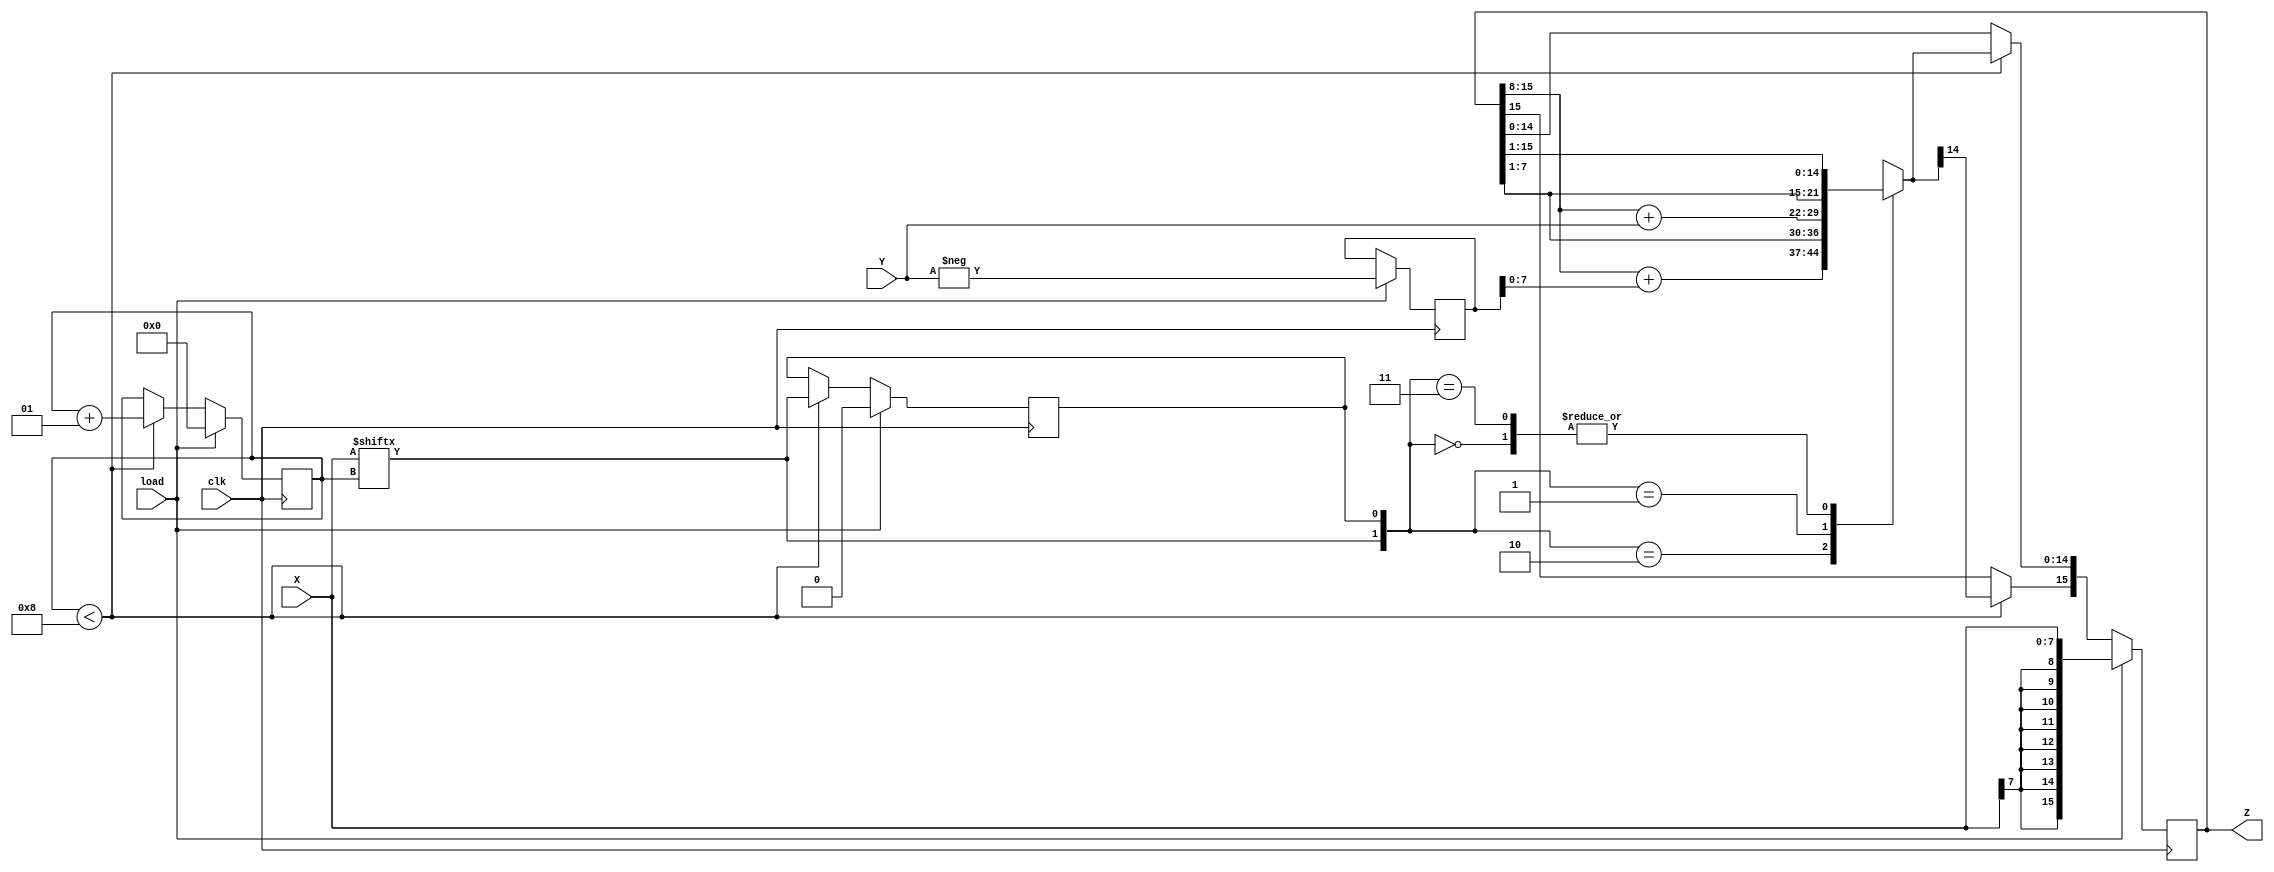
`timescale 1ns / 1ps
//////////////////////////////////////////////////////////////////////////////////
// Company: 
// Engineer: 
// 
// Design Name: 
// Module Name:    Booth 
// Project Name: 
// Target Devices: 
// Tool versions: 
// Description: 
//
// Dependencies: 
//
// Revision: 
// Revision 0.01 - File Created
// Additional Comments: 
//
// assignment no.: 6
// problem no.: 3
// semester : 5th semester
// group no.: 64
// names of group members: 1. Jatoth Charan Sai, 2. Tirupathi Suguna Bhaskar.
//
//////////////////////////////////////////////////////////////////////////////////
module Booth(
    input signed[7:0] X,
    input signed[7:0] Y,
	 input clk,
	 input load,
    output reg signed[15:0] Z
    );
	reg [1:0] temp;
	integer i;
	reg E1;
	reg [15:0] Y1;
	always @ (posedge clk) begin
		if(load==1)
				begin
				Z = 16'd0;
				E1 = 1'd0;
				Y1 = - Y;
				Z[15:0]=X;
				i <= 0;
				end
		else
			begin
				if(i<8)
				begin
					temp = {X[i], E1};
					case (temp)
						2'd2 : Z [14 : 0] = {Z [15 : 8] + Y1,Z[7:1]};
						2'd1 : Z [14 : 0] = {Z [15 : 8] + Y,Z[7:1]};
						2'd0 : Z [14 : 0] = {Z[15:1]};
						2'd3 : Z [14 : 0] = {Z[15:1]};
						default : begin end
					endcase
					Z[15] = Z[14];
					E1 = X[i];
					i <= i+1;
				end
			end

	end

endmodule